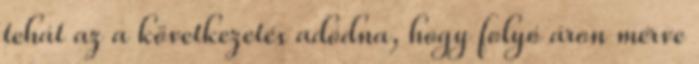
tehát az a következetés adódna, hogy folyó áron mérve